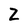
Character: Z